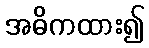
အဓိကထား၍